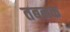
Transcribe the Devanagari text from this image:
तबनक